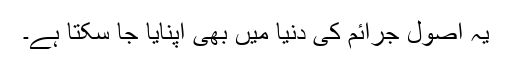
یہ اصول جرائم کی دنیا میں بھی اپنایا جا سکتا ہے۔